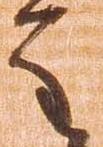
重